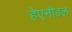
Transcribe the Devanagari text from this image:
हेएनीडल